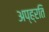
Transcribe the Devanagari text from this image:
अप्ह्रति